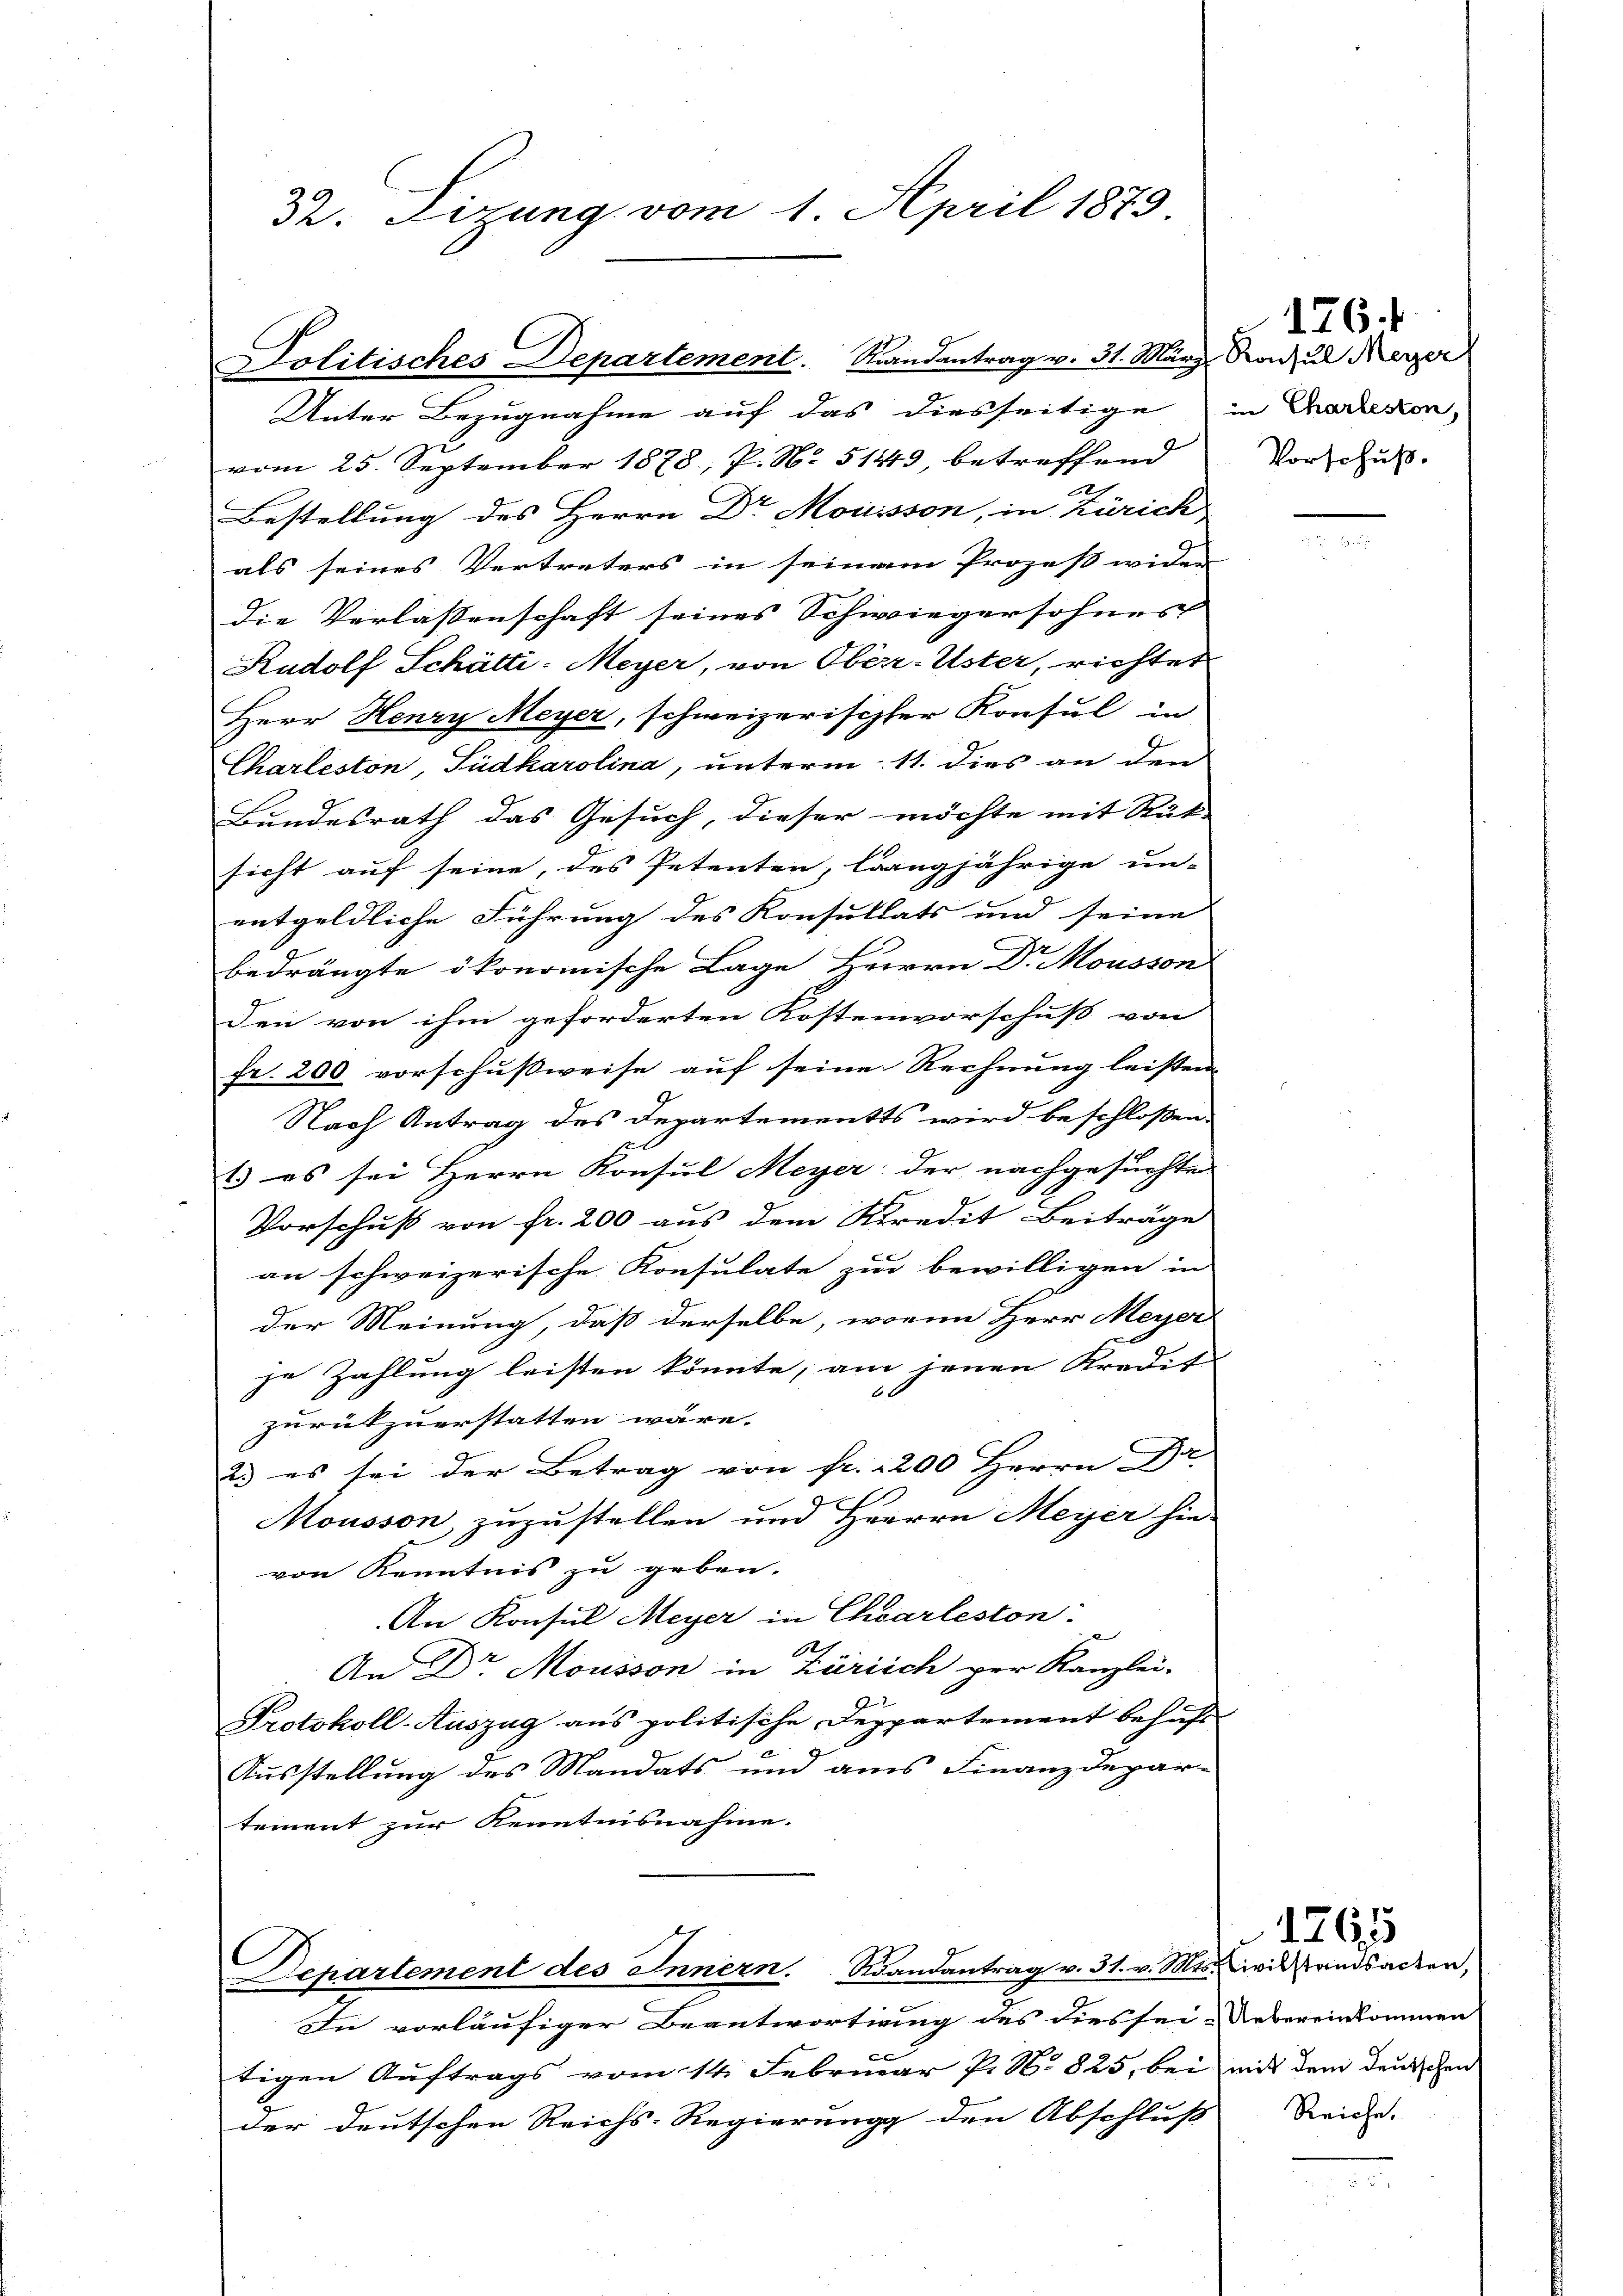
Unter Bezugnahme auf das diesseitige in Dadikon,
vom 25. September 1878, P. N. 51443, betreffend
2
Bestellung des Herrn Dr Mouisson, in Zürich
als seines Vertreters in seinem Prozess wider
die Verlassenschaft seines Schwiegersohnes
Rudolf Schätti-Meyer, von Ober-Uster, richter
Herr Henry Meyer, schweizerischher Konsul in
Charleston, Südkarolina, unterm 11. dies an den
Bundesrath das Gesuch, dieser möchte mit Stät-
sicht auf seine, des Petenten, langjährige un-
entgeldliche Führung des Konsultats und seine
bedrängte ökonomische Lage Herrrn Dr Mousson
den von ihm geforderten Kostenvorschuß von
fr. 200 vorschußweise auf seinen Rechnung leisten
Nach Antrag des Departements wird beschlossen:
1) es sei Herrn Konsul Meyer der nachgesuchte
Vorschuß von fr. 200 aus dem Kredit Beiträge
an schweizerische Konsulate zur bewilligen in
der Meinung, daß derselbe, wenn Herr Meyer
je Zahlung leisten könnte, am jenen Kredit
f x
zurükzuerstatten wäre.
23 es sei der Betrag von fr. 1200 Herrn Dr.
Mousson zuzustellen und Herren Meyer hie-
von Kenntnis zu geben.
An Konsul Meyer in Charleston:
6
An Dr Mousson in Zürich per Kanzlei-
Protokoll-Auszug aus politische Deppartement behufs
Ausstellung des Mandats und aus Finanzdepar-
tement zur Kenntnisnahme.

32. Sizung vom 1. April 1873

Politisches Departement. Randantrag v. 31. März. Konsul Meyer

Repartement des Innern. Randantrag v. 31. v. Mts. Zivilstandsacken,
In vorläufiger Beantwortung des dies sei. Uebereinkommen

tigen Auftrags vom 14. Februar P. N. 825, bei mit dem deutschen
der deutschen Reichs-Regierung den Abschluß

Vorschuß.

1764

Reiche.

1261